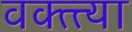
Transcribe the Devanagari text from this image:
वक्त्त्या